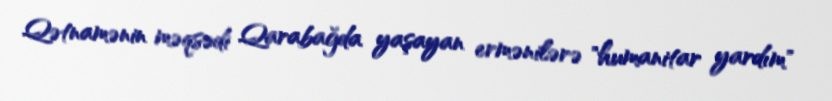
Qətnamənin məqsədi Qarabağda yaşayan ermənilərə "humanitar yardım"